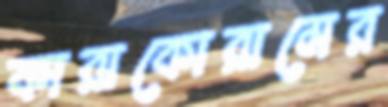
কারাকোরামের